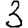
Digit: 3